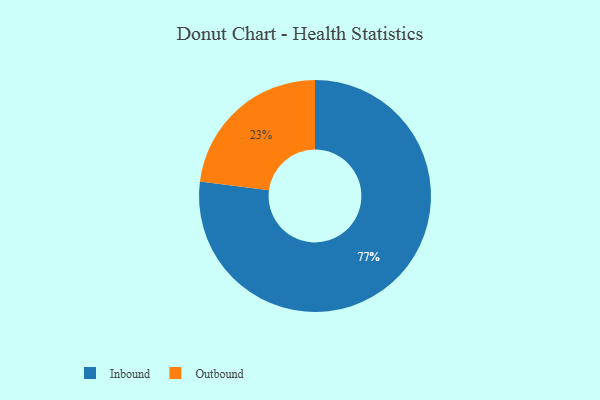
{"axis": {"x": "Category", "y": "Percentage"}, "legend": ["Inbound", "Outbound"], "data": [{"x": "Inbound", "y": 77, "type": "Inbound"}, {"x": "Outbound", "y": 23, "type": "Outbound"}]}